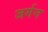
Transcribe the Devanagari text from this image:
जर्गन